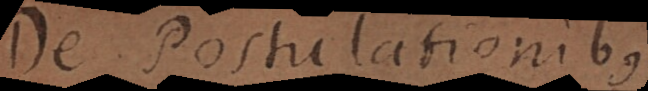
i. Postulationes